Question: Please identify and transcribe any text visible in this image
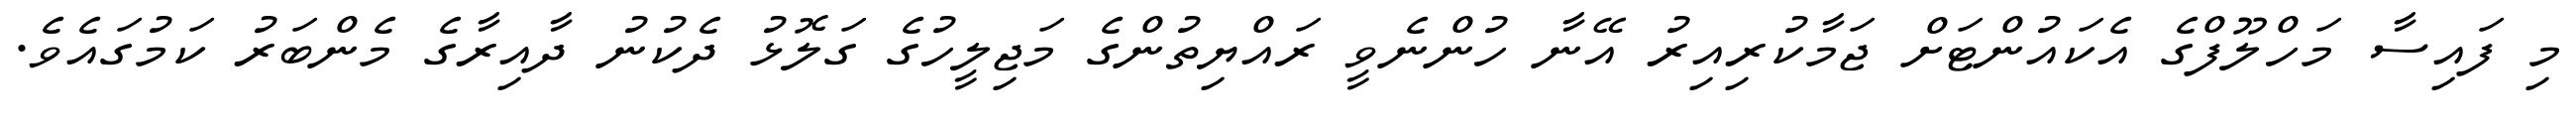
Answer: މި ފައިސާ މަހްލޫފްގެ އެކައުންޓަށް ޖަމާކުރިއިރު އޭނާ ހުންނެވީ ރައްޔިތުންގެ މަޖިލީހުގެ ގަލޮޅު ދެކުނު ދާއިރާގެ މެންބަރު ކަމުގައެވެ.